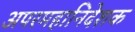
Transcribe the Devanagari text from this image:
अपरमहानिदेशक